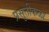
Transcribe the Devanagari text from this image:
प्रसुतीकळा